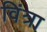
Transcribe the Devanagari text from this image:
विंत्रा